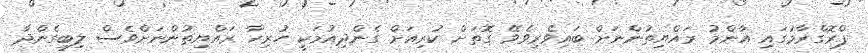
ޕްރޮގްރާމުގައި އާންމު ރައްޔިތުންނަށް ބައިވެރިވެވޭ ގޮތަށް ކުރިއަށް ގެންދިއުމަކީ ހުރިހާ ރައްޔިތުންނަށްވެސް ލިބިގެންދާ